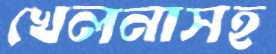
খেলনাসহ